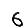
Digit: 6